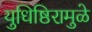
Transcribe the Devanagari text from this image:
युधिष्ठिरामुळे